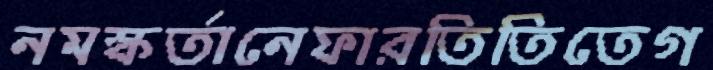
নমস্কর্তানেফারতিতিতেগ